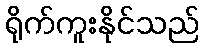
ရိုက်ကူးနိုင်သည်